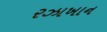
રઝાખાન